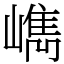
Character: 𡼕